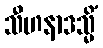
သီဟနာဒသ္မိံ